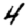
Digit: 4